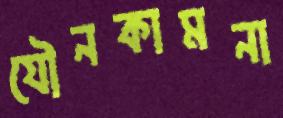
যৌনকামনা